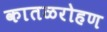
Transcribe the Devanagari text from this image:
कातळरोहण